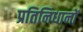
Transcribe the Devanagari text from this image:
प्रतिनिधानों